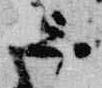
言